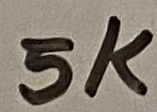
Text: 5K